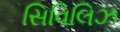
સિવિલિઝ